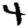
Digit: 4